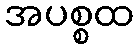
အပစ္စထ